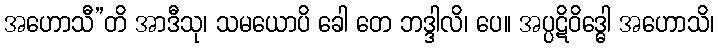
အဟောသီ”တိ အာဒီသု၊ သမယောပိ ခေါ တေ ဘဒ္ဒါလိ၊ ပေ။ အပ္ပဋိဝိဒ္ဓေါ အဟောသိ၊